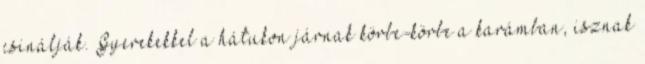
csinálják. Gyerekekkel a hátukon járnak körbe-körbe a karámban, isznak